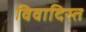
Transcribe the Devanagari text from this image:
विवादिस्त